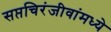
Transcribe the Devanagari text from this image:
सप्तचिरंजीवांमध्ये